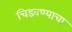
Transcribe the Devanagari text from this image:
चिडवण्याचा